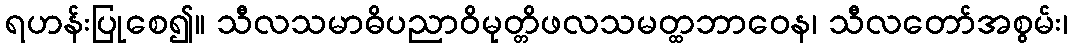
ရဟန်းပြုစေ၍။ သီလသမာဓိပညာဝိမုတ္တိဖလသမတ္ထဘာဝေန၊ သီလတော်အစွမ်း၊